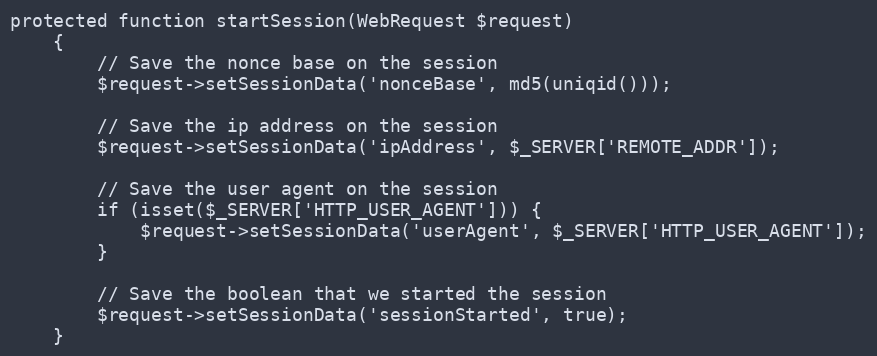
Language: PHP
protected function startSession(WebRequest $request)
    {
        // Save the nonce base on the session
        $request->setSessionData('nonceBase', md5(uniqid()));

        // Save the ip address on the session
        $request->setSessionData('ipAddress', $_SERVER['REMOTE_ADDR']);

        // Save the user agent on the session
        if (isset($_SERVER['HTTP_USER_AGENT'])) {
            $request->setSessionData('userAgent', $_SERVER['HTTP_USER_AGENT']);
        }

        // Save the boolean that we started the session
        $request->setSessionData('sessionStarted', true);
    }